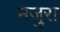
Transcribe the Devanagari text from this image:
मजुरा